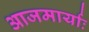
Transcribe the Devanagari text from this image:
आजमार्याः